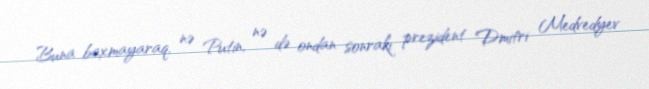
Buna baxmayaraq, nə Putin, nə də ondan sonrakı prezident Dmitri Medvedyev